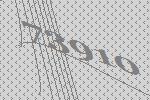
73910